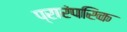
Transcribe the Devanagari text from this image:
प्रारंपरिक